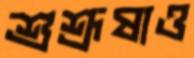
শুশ্রূষাও